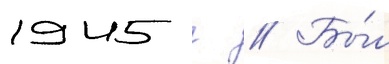
1945 г // Бы́л